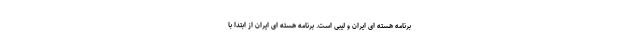
برنامه هسته ای ایران و لیبی است. برنامه هسته ای ایران از ابتدا با